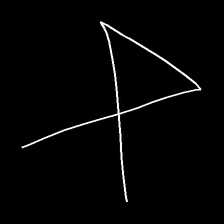
Glyph: collection